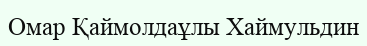
Омар Қаймолдаұлы Хаймульдин